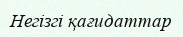
Негізгі қағидаттар